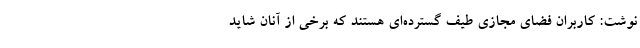
نوشت: کاربران فضای مجازی طیف گسترده‌ای هستند که برخی از آنان شاید